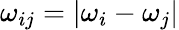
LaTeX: \omega_{ij}=\left|\omega_{i}-\omega_{j}\right|